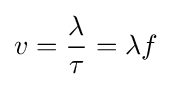
v={\frac {\lambda }{\tau }}=\lambda f